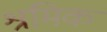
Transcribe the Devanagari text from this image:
श्रमिक